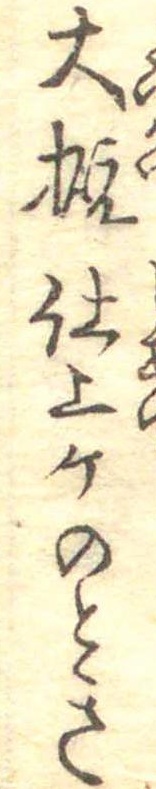
大概仕上ケのとき